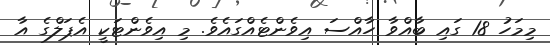
މިމަހު 18 ގައި ބާއްވާ ހާއްސަ އިވެންޓެއްގައެވެ. މި އިވެންޓަކީ އެޕަލްގެ އާ